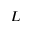
\cal { L }